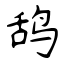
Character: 鸹